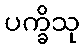
ပက္ခိသု